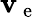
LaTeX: \mathbf{v}_{\mathrm{{~e~}}}